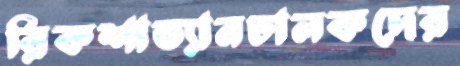
রিকশাভ্যানচালকদের